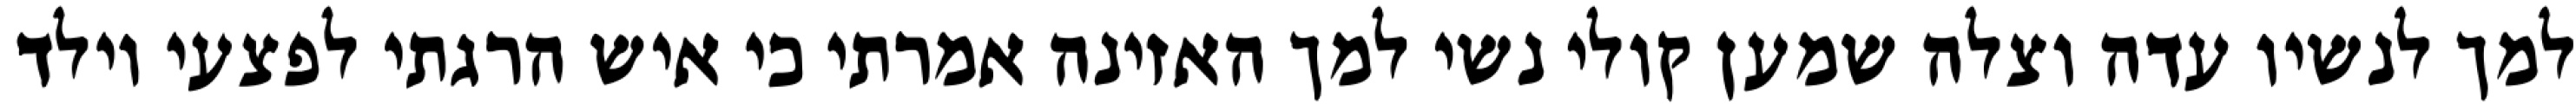
למך לנשיו עדה וצלה שמען קולי נשי למך האזינה אמרתי כי איש הרגתי לפצעי וילד